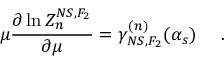
\mu \frac { \partial \ln Z _ { n } ^ { N S , F _ { 2 } } } { \partial \mu } = \gamma _ { N S , F _ { 2 } } ^ { ( n ) } ( \alpha _ { s } ) ~ ~ ~ ~ .